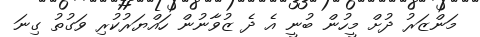
މަންޒަރު ދުށް މީހުން ބުނީ އެ ދެ ޒުވާނުން ހައްޔަރުކުރި ވަގުތު ގިނަ